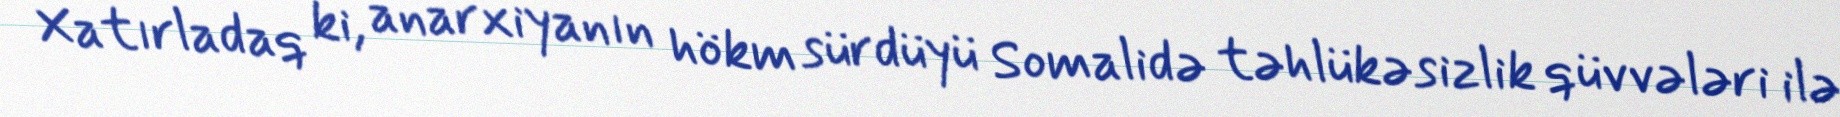
Xatırladaq ki, anarxiyanın hökm sürdüyü Somalidə təhlükəsizlik qüvvələri ilə